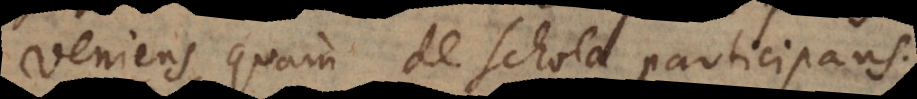
veniens, quam de schola participans.